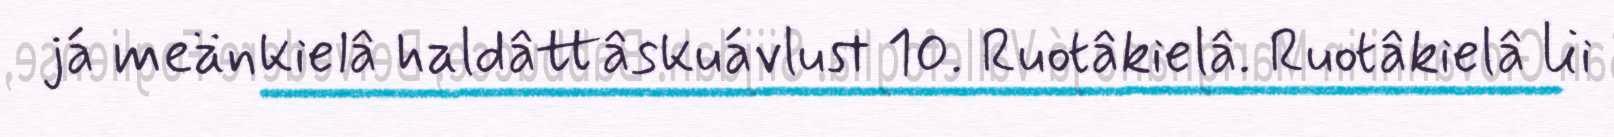
já meänkielâ haldâttâskuávlust 10. Ruotâkielâ. Ruotâkielâ lii